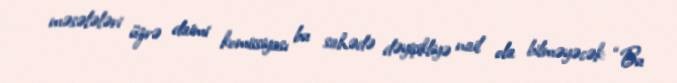
məsələləri üzrə daimi komissiyası bu sahədə dəyişikliyə nail ola bilməyəcək: “Bu